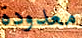
معدودة